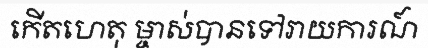
កើតហេតុ ម្ចាស់បានទៅរាយការណ៍